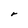
Character: r